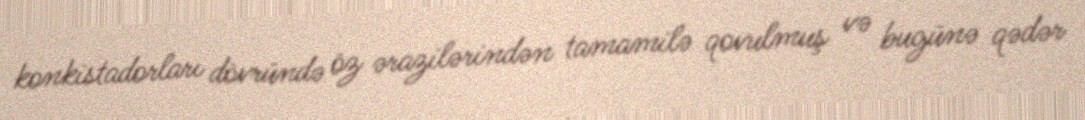
konkistadorları dövründə öz ərazilərindən tamamilə qovulmuş və bugünə qədər